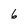
Character: 6